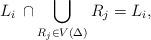
LaTeX: \begin{align*}L_i \,\cap \bigcup_{R_j\in V(\Delta)} R_j = L_i, \end{align*}